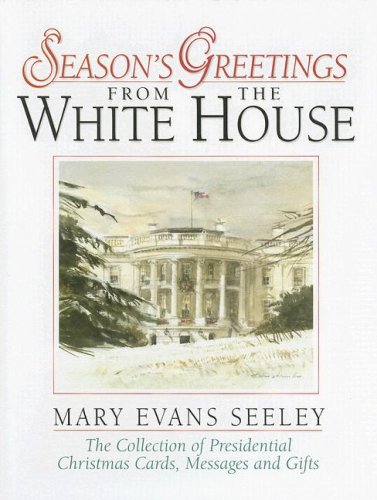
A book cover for Season's Greetings from the White House: The Collection of Presidential Christmas Cards, Messages and Gifts; Mary Evans Seeley; Crafts, Hobbies & Home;